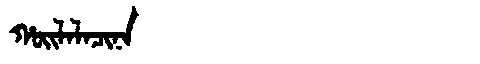
Manchu: ᡥᠣᡳᠯᠠᠯᠠᠴᡳᠨᠠ
Romanization: HOILALACINA